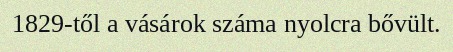
1829-től a vásárok száma nyolcra bővült.